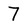
Character: 7